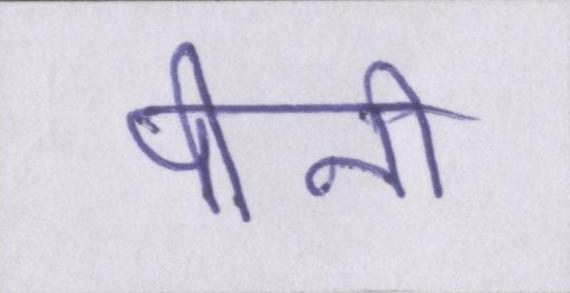
पीनी